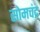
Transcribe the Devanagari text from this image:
सोमचंद्र